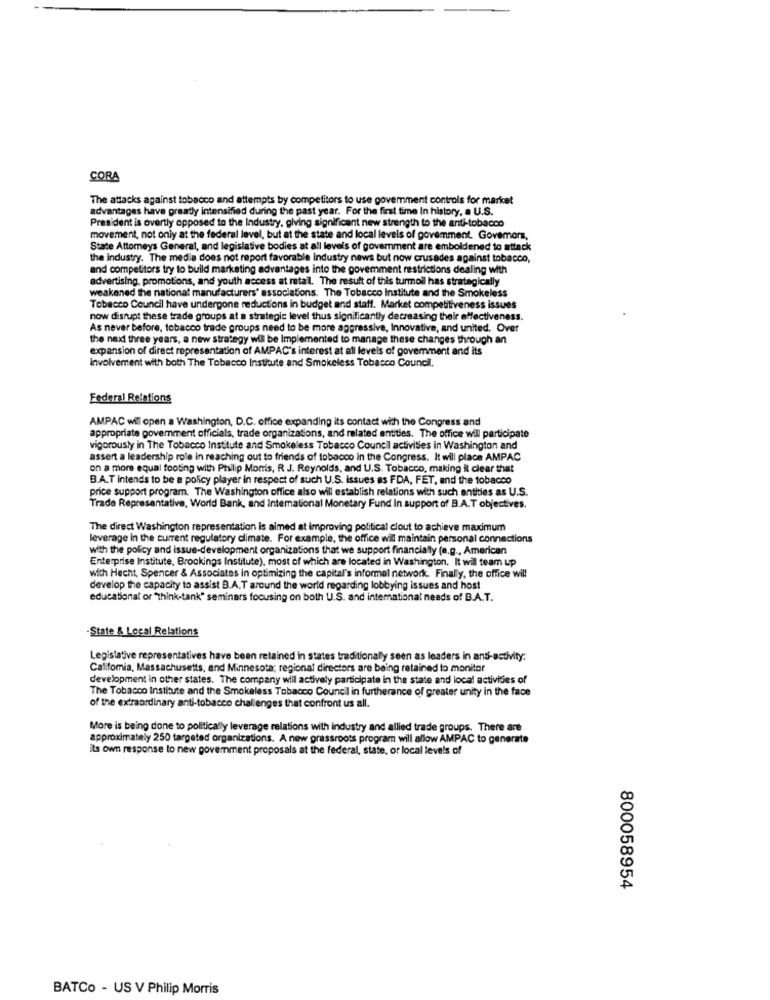
CORA
The attacks against tobacco and attempts by competitors to use government controls for market
advantages have greatly intensified during the past year. For the first time In history, a U.S.
President is overtly opposed to the Industry, giving significant new strength to the anti-tobacco
movement, not only at the federal level, but at the state and local levels of govemment. Govemors,
State Attorneys General, and legislative bodies at all levels of goverment are emboldened to attack
the industry. The media does not report favorable industry news but now crusades against tobacco,
and competitors try to build marketing advantages into the goverment restrictions dealing with
advertising, promotions, and youth access at retail. The result of this turmoil has strategically
weakened the national manufacturers' associations. The Tobacco Institute and the Smokeless
Tobacco Council have undergone reductions in budget and staff. Market competitiveness issues
now disrupt these trade groups at a strategic level thus significantly decreasing their effectiveness.
As never before, tobacco trade groups need to be more aggressive, Innovative, and united. Over
the next three years, a new strategy will be Implemented to manage these changes through an
expansion of direct representation of AMPAC's interest at all levels of govemment and its
Involvement with both The Tobacco Institute and Smokeless Tobacco Council.
Federal Relations
AMPAC wil open a Washington, D.C. office expanding its contact with the Congress and
appropriate government officials, trade organizations, and related entities. The office will participate
vigorously in The Tobacco Institute and Smokeless Tobacco Council activities in Washington and
assert a leadership role in reaching out to friends of tobacco in the Congress. It will place AMPAC
on a more equal footing with Philip Morris, R.J. Reynolds, and U.S. Tobacco, making it clear that
B.A.T intends to be a policy player in respect of such U.S. issues as FDA, FET, and the tobacco
price support program. The Washington office also will establish relations with such entities as U.S.
Trade Representative, World Bank, and international Monetary Fund In support of B.A.T objectives.
The direct Washington representation is aimed at improving political clout to achieve maximum
leverage in the current regulatory climate. For example, the office wil maintain personal connections
with the policy and issue-development organizations that we support financially (e.g ., American
Enterprise Institute, Brookings Institute), most of which are located in Washington. It wil team up
with Hecht, Spencer & Associates in optimizing the capital's informel network. Finally, the office will
develop the capacity to assist B.A.T around the world regarding lobbying issues and host
educational or "think-tank" seminars focusing on both U.S. and international needs of B.A.T.
-State & Local Relations
Legislative representatives have been retained in states traditionally seen as leaders in anti-activity:
Califomia, Massachusetts, and Minnesota; regional directors are being retained to monitor
development in other states. The company will actively participate in the state and local activities of
The Tobacco Institute and the Smokeless Tobacco Council in furtherance of greater unity in the face
of the extraordinary anti-tobacco challenges that confront us all.
More is being done to politically leverage relations with industry and allied trade groups. There are
approximately 250 targeted organizations. A new grassroots program will allow AMPAC to generate
its own response to new government proposals at the federal, state, or local levels of
800058954
BATCo - US V Philip Morris